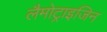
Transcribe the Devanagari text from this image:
लैमोट्राइजिन